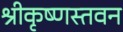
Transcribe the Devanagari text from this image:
श्रीकृष्णस्तवन